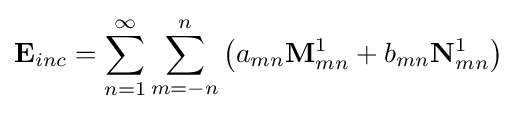
\mathbf {E} _{inc}=\sum _{n=1}^{\infty }\sum _{m=-n}^{n}\left(a_{mn}\mathbf {M} _{mn}^{1}+b_{mn}\mathbf {N} _{mn}^{1}\right)